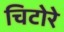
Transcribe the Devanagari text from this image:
चिटोरे